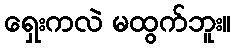
ရှေးကလဲ မထွက်ဘူး။